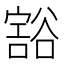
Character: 𰶖